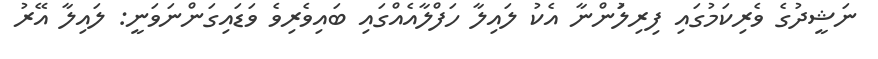
ނަޝީދުގެ ވެރިކަމުގައި ފިރިލަުންނާ އެކު ލައިލާ ހަފްލާއެއްގައި ބައިވެރިވެ ވަޑައިގަންނަވަނީ: ލައިލާ އޭރު